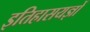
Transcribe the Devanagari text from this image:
इतिहासयज्ञों